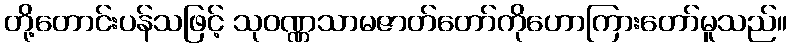
တို့တောင်းပန်သဖြင့် သုဝဏ္ဏသာမဇာတ်တော်ကိုဟောကြားတော်မူသည်။